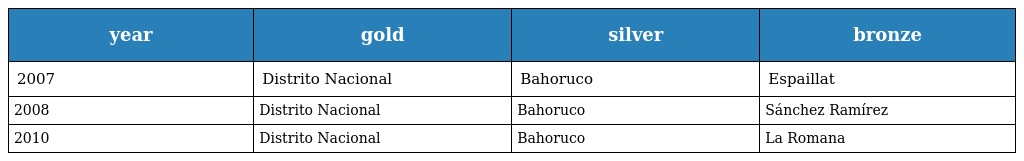
| year | gold | silver | bronze |
 | --- | --- | --- | --- |
 | 2007 | Distrito Nacional | Bahoruco | Espaillat |
 | 2008 | Distrito Nacional | Bahoruco | Sánchez Ramírez |
 | 2010 | Distrito Nacional | Bahoruco | La Romana |